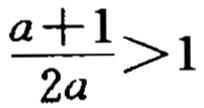
$\frac{a + 1}{2a}>1$